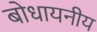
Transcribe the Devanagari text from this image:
बोधायनीय